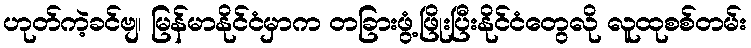
ဟုတ်ကဲ့ခင်ဗျ၊ မြန်မာနိုင်ငံမှာက တခြားဖွံ့ဖြိုးပြီးနိုင်ငံတွေလို လူထုစစ်တမ်း